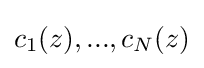
c_{1}(z),...,c_{N}(z)